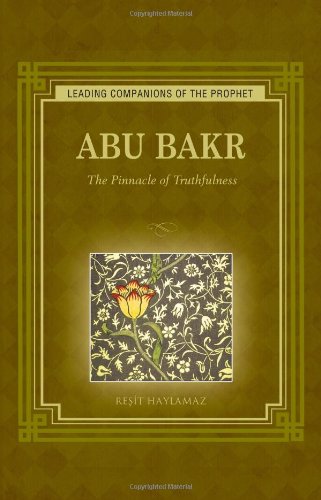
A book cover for Abu Bakr: The Pinnacle of Truthfulness (Leading Companions of the Prophet); Resit Haylamaz; Teen & Young Adult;